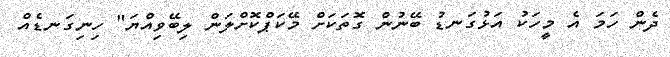
ދެން ހަމަ އެ މީހަކު އަޅުގަނޑު ބޭނުން ގޮތަކަށް މޭކަޕްކޮށްލަން ލިބޭވިއްޔަ" ހިނިގަނޑެއް